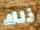
ذلك